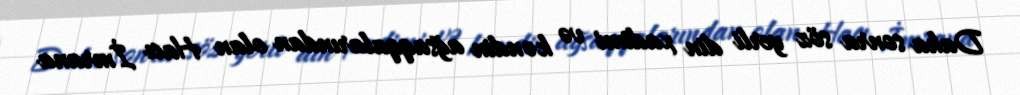
Daha sonra söz yerli din xadimi və kəndin ağsaqqalarından olan Hacı İmrana